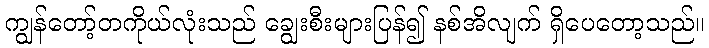
ကျွန်တော့်တကိုယ်လုံးသည် ချွေးစီးများပြန်၍ နစ်အိလျက် ရှိပေတော့သည်။